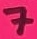
Text: 7